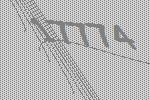
17774